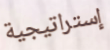
إستراتيجية